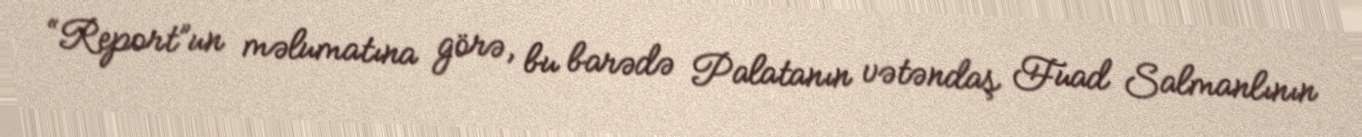
“Report”un məlumatına görə, bu barədə Palatanın vətəndaş Fuad Salmanlının